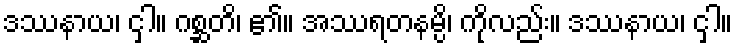
ဒဿနာယ၊ ငှါ။ ဂစ္ဆတိ၊ ၏။ အဿရတနမ္ပိ၊ ကိုလည်း။ ဒဿနာယ၊ ငှါ။